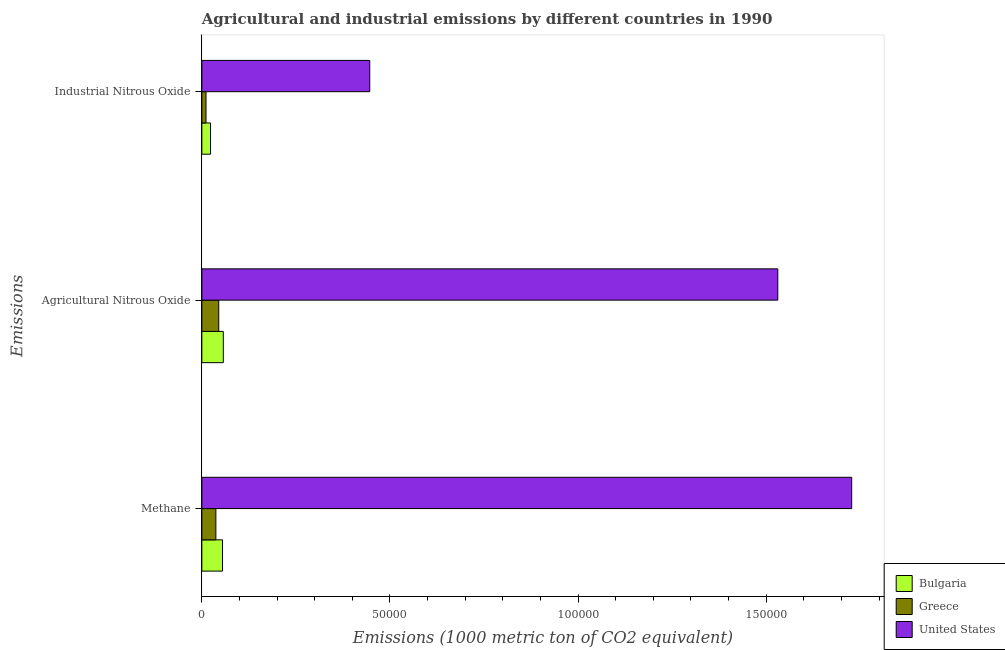
| Emissions | Bulgaria | Greece | United States |
 | --- | --- | --- | --- |
 | Methane | 5.5e+03 | 3.73e+03 | 1.73e+05 |
 | Agricultural Nitrous Oxide | 5.71e+03 | 4.49e+03 | 1.53e+05 |
 | Industrial Nitrous Oxide | 2.31e+03 | 1.11e+03 | 4.46e+04 |